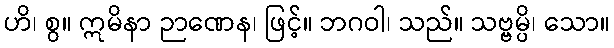
ဟိ၊ စွ။ ဣမိနာ ဉာဏေန၊ ဖြင့်။ ဘဂဝါ၊ သည်။ သဗ္ဗမ္ပိ၊ သော။